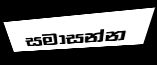
සමාසන්න